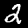
Digit: 2